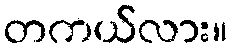
တကယ်လား။